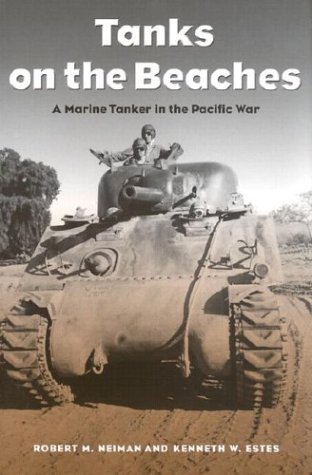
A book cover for Tanks on the Beaches: A Marine Tanker in the Pacific War (Texas A&M University Military History Series, 85.); Robert M. Neiman; Biographies & Memoirs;